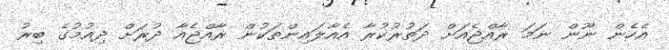
އެހެން ނޫން ނަމަ ރާއްޖެއަށް ދަތުރުކުރާ އެއާލައިންތަކުން ރާއްޖެއާ ދުރަށް ދިއުމުގެ ބިރު